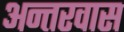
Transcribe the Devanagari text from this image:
अन्तरवास